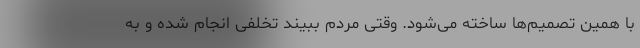
با همین تصمیم‌ها ساخته می‌شود. وقتی مردم ببیند تخلفی انجام شده و به